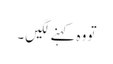
تو وہ کہنے لگیں ۔